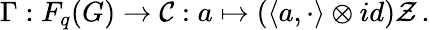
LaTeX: \Gamma:F_{q}(G)\rightarrow{\cal C}:a\mapsto(\langle a,\cdot\rangle\otimes id){\cal Z}\, .